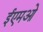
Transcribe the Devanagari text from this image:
ईएमओ